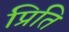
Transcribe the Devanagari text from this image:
प्रिति